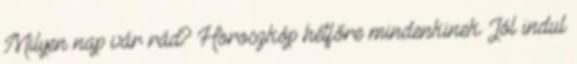
Milyen nap vár rád? Horoszkóp hétfőre mindenkinek Jól indul